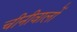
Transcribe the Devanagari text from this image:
चीनीवालों